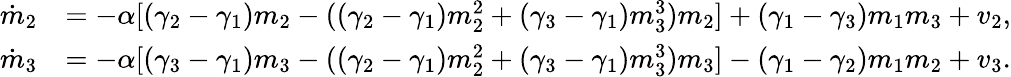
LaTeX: \begin{array}{rl}{\dot{m}_{2}}&{=-\alpha[(\gamma_{2}-\gamma_{1})m_{2}-((\gamma_{2}-\gamma_{1})m_{2}^{2}+(\gamma_{3}-\gamma_{1})m_{3}^{3})m_{2}]+(\gamma_{1}-\gamma_{3})m_{1}m_{3}+v_{2},}\\ {\dot{m}_{3}}&{=-\alpha[(\gamma_{3}-\gamma_{1})m_{3}-((\gamma_{2}-\gamma_{1})m_{2}^{2}+(\gamma_{3}-\gamma_{1})m_{3}^{3})m_{3}]-(\gamma_{1}-\gamma_{2})m_{1}m_{2}+v_{3}.}\end{array}